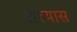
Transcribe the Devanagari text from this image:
खल्यास